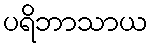
ပရိဘာသာယ